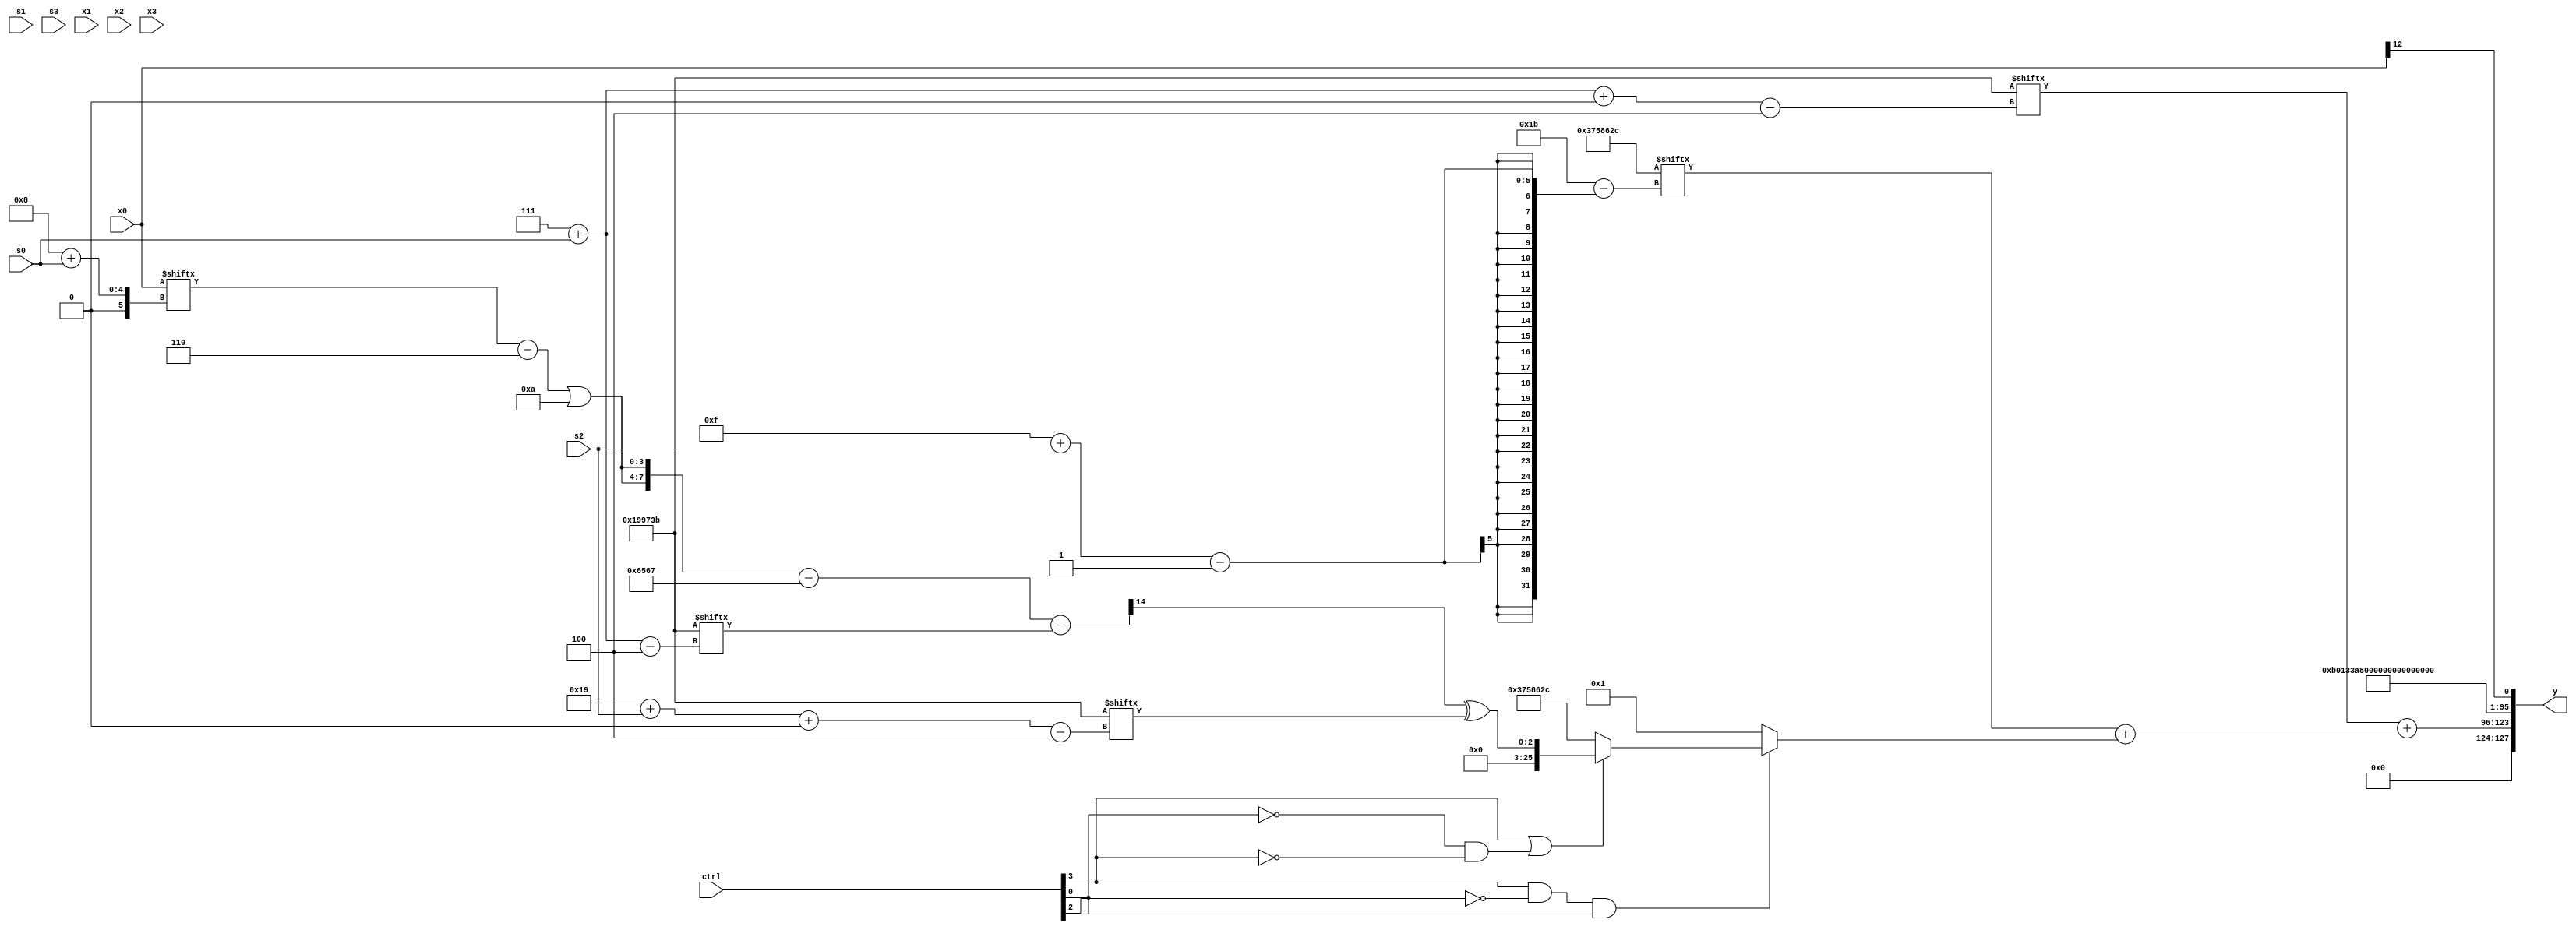
module partsel_00542(ctrl, s0, s1, s2, s3, x0, x1, x2, x3, y);
  input [3:0] ctrl;
  input [2:0] s0;
  input [2:0] s1;
  input [2:0] s2;
  input [2:0] s3;
  input signed [31:0] x0;
  input signed [31:0] x1;
  input [31:0] x2;
  input signed [31:0] x3;
  wire [7:25] x4;
  wire signed [30:2] x5;
  wire signed [30:0] x6;
  wire signed [29:1] x7;
  wire signed [26:1] x8;
  wire [31:0] x9;
  wire signed [31:6] x10;
  wire signed [3:29] x11;
  wire [5:30] x12;
  wire signed [1:30] x13;
  wire [27:6] x14;
  wire [26:1] x15;
  output [127:0] y;
  wire [31:0] y0;
  wire signed [31:0] y1;
  wire signed [31:0] y2;
  wire [31:0] y3;
  assign y = {y0,y1,y2,y3};
  localparam signed [25:2] p0 = 259876199;
  localparam [24:4] p1 = 926521147;
  localparam [26:2] p2 = 492840565;
  localparam [1:28] p3 = 326469164;
  assign x4 = p1[17 +: 2];
  assign x5 = (ctrl[1] || ctrl[0] && ctrl[3] ? {2{(p1[21 -: 4] + p1)}} : (!ctrl[0] || !ctrl[3] && ctrl[3] ? x4 : {x2, {x2, (ctrl[0] || ctrl[3] || ctrl[1] ? x4 : x4[12 + s1 +: 6])}}));
  assign x6 = p3[23 + s1 -: 3];
  assign x7 = p3[15 -: 1];
  assign x8 = p3[16 + s2];
  assign x9 = p2;
  assign x10 = x6[19 +: 1];
  assign x11 = p1;
  assign x12 = (({2{((x0[8 + s0] - p3[11 +: 4]) | p0[20 -: 4])}} - p0) - p1[7 + s0]);
  assign x13 = ((x9[18 -: 4] - x10[25 + s0 +: 6]) - (!ctrl[3] || !ctrl[2] && ctrl[1] ? p3[22 + s2 -: 1] : ({{2{(x6 - x12)}}, x11[21 + s2 +: 2]} | x11)));
  assign x14 = p1[21];
  assign x15 = x8[14 + s0 +: 7];
  assign y0 = (p1[7 + s0 +: 6] + (p3[15 + s2] + (ctrl[3] && !ctrl[2] && ctrl[0] ? (ctrl[3] || !ctrl[0] && !ctrl[3] ? (x12[16] ^ p1[25 + s2 +: 3]) : p3) : p2[16 -: 2])));
  assign y1 = p2;
  assign y2 = x4[8];
  assign y3 = x0[12];
endmodule